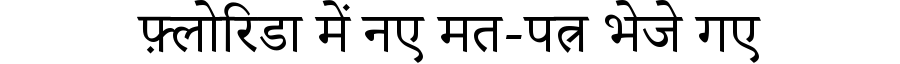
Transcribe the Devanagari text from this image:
फ़्लोरिडा में नए मत-पत्र भेजे गए